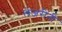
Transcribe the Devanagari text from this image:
लेजरीनी